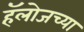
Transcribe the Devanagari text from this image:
हॅलोजच्या